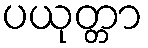
ပယုတ္တာ